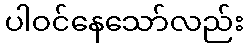
ပါဝင်နေသော်လည်း